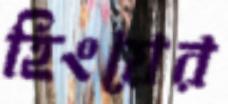
হিংয়ের